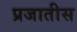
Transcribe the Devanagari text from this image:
प्रजातीस